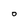
Character: O